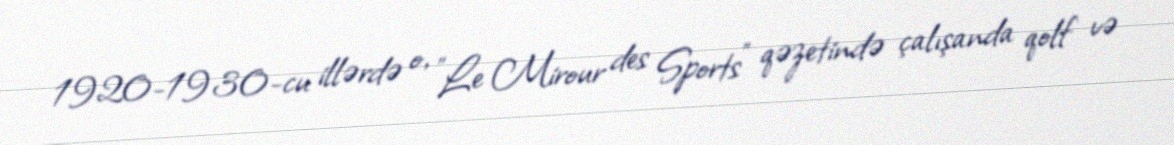
1920-1930-cu illərdə o, "Le Mirour des Sports" qəzetində çalışanda qolf və